Report of the Imperial Institute of Veterinary Research, Muktesar
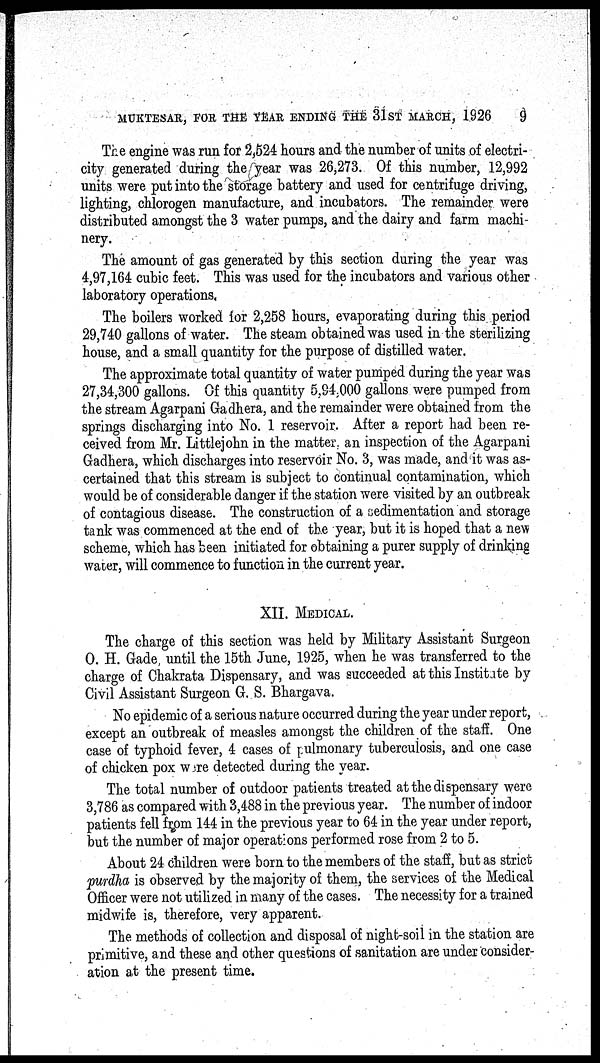
MUKTESAR, FOR THE YEAR ENDING THE 31 ST MARCH, 1926
9
The engine was run for 2,524 hours and the number of units of electri-
city generated during the year was 26,273. Of this number, 12,992
units were put into the storage battery and used for centrifuge driving,
lighting, chlorogen manufacture, and incubators. The remainder were
distributed amongst the 3 water pumps, and the dairy and farm machi-
nery.
The amount of gas generated by this section during the year was
4,97,164 cubic feet. This was used for the incubators and various other
laboratory operations.
The boilers worked for 2,258 hours, evaporating during this period
29,740 gallons of water. The steam obtained was used in the sterilizing
house, and a small quantity for the purpose of distilled water.
The approximate total quantity of water pumped during the year was
27,34,300 gallons. Of this quantity 5,94,000 gallons were pumped from
the stream Agarpani Gadhera, and the remainder were obtained from the
springs discharging into No. 1 reservoir. After a report had been re-
ceived from Mr. Littlejohn in the matter, an inspection of the Agarpani
Gadhera, which discharges into reservoir No. 3, was made, and it was as-
certained that this stream is subject to continual contamination, which
would be of considerable danger if the station were visited by an outbreak
of contagious disease. The construction of a sedimentation and storage
tank was commenced at the end of the year, but it is hoped that a new
scheme, which has been initiated for obtaining a purer supply of drinking
water, will commence to function in the current year.
XII. MEDICAL.
The charge of this section was held by Military Assistant Surgeon
O. H. Gade, until the 15th June, 1925, when he was transferred to the
charge of Chakrata Dispensary, and was succeeded at this Institute by
Civil Assistant Surgeon G. S. Bhargava.
No epidemic of a serious nature occurred during the year under report,
except an outbreak of measles amongst the children of the staff. One
case of typhoid fever, 4 cases of pulmonary tuberculosis, and one case
of chicken pox were detected during the year.
The total number of outdoor patients treated at the dispensary were
3,786 as compared with 3,488 in the previous year. The number of indoor
patients fell from 144 in the previous year to 64 in the year under report,
but the number of major operations performed rose from 2 to 5.
About 24 children were born to the members of the staff, but as strict
purdha is observed by the majority of them, the services of the Medical
Officer were not utilized in many of the cases. The necessity for a trained
midwife is, therefore, very apparent.
The methods of collection and disposal of night-soil in the station are
primitive, and these and other questions of sanitation are under consider-
ation at the present time.